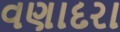
વણાદરા